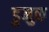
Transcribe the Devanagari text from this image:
डुमुक